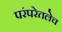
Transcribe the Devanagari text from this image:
परंपरेतलेच